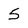
Character: 5